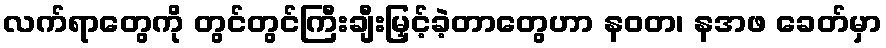
လက်ရာတွေကို တွင်တွင်ကြီးချီးမြှင့်ခဲ့တာတွေဟာ နဝတ၊ နအဖ ခေတ်မှာ